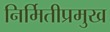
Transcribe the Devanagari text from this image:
निर्मितीप्रमुख